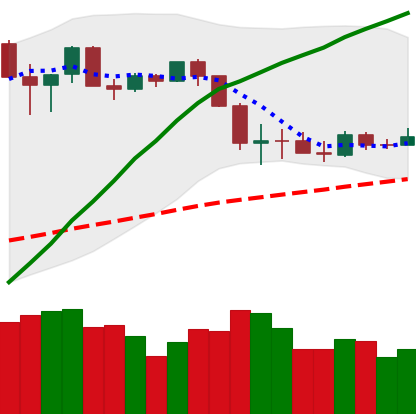
Ticker: ETH-USD
Chart end date: 2020-03-05
Forward return: -12.431%
Label: down_7plus